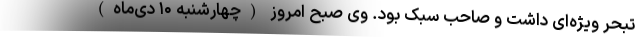
تبحر ویژه‌ای داشت و صاحب سبک بود. وی صبح امروز (چهارشنبه ۱۰ دی‌ماه)